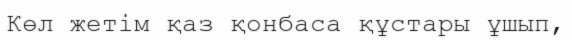
Көл жетім қаз қонбаса құстары ұшып,